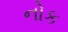
નોક